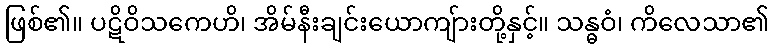
ဖြစ်၏။ ပဋိဝိသကေဟိ၊ အိမ်နီးချင်းယောကျ်ားတို့နှင့်။ သန္ဓဝံ၊ ကိလေသာ၏